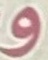
و